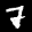
Label: 7